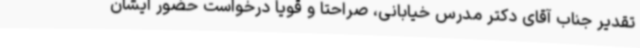
تقدیر جناب آقای دکتر مدرس خیابانی، صراحتا و قویا درخواست حضور ایشان